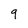
Character: 9